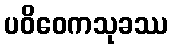
ပဝိဝေကသုခဿ